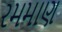
રમમાણ